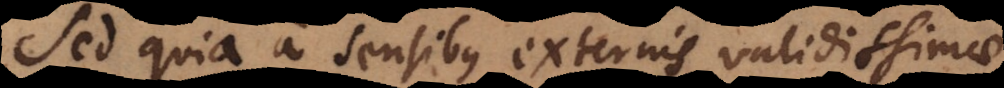
Sed quia a sensibus externis validissimae